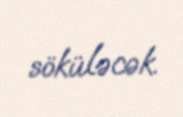
söküləcək.